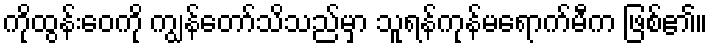
ကိုထွန်းဝေကို ကျွန်တော်သိသည်မှာ သူရန်ကုန်မရောက်မီက ဖြစ်၏။